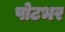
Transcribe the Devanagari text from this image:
पोटभर